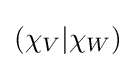
(\chi _{V}|\chi _{W})